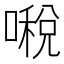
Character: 𠾔